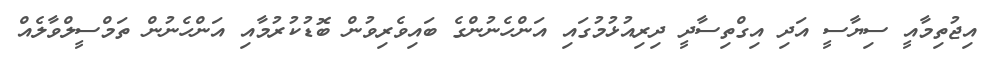
އިޖުތިމާއީ ސިޔާސީ އަދި އިގްތިސާދީ ދިރިއުޅުމުގައި އަންހެނުންގެ ބައިވެރިވުން ބޮޑުކުރުމާއި އަންހެނުން ތަމްސީލްވާލެއް